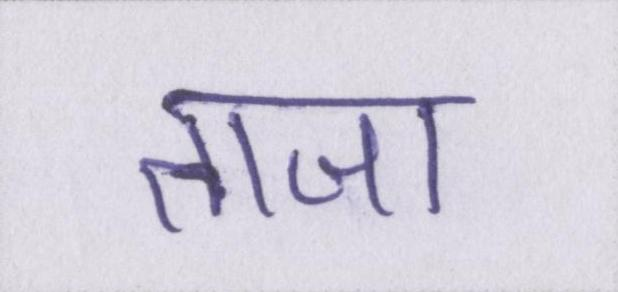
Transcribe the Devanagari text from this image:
ताजा